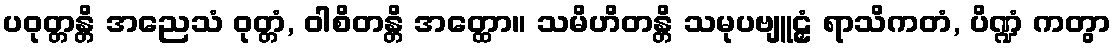
ပဝုတ္တန္တိ အညေသံ ဝုတ္တံ, ဝါစိတန္တိ အတ္ထော။ သမိဟိတန္တိ သမုပဗျူဠှံ ရာသိကတံ, ပိဏ္ဍံ ကတွာ